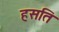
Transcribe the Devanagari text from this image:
हसति